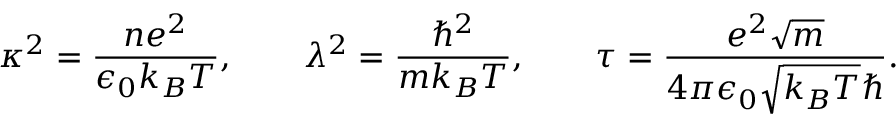
\kappa ^ { 2 } = \frac { n e ^ { 2 } } { \epsilon _ { 0 } k _ { B } T } , \qquad \lambda ^ { 2 } = \frac { \hbar ^ { 2 } } { m k _ { B } T } , \qquad \tau = \frac { e ^ { 2 } \sqrt { m } } { 4 \pi \epsilon _ { 0 } \sqrt { k _ { B } T } \hbar } .